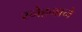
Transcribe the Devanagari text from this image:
स्नेहनाने